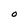
Character: O